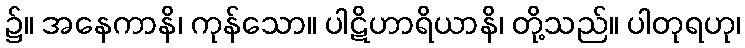
၌။ အနေကာနိ၊ ကုန်သော။ ပါဋိဟာရိယာနိ၊ တို့သည်။ ပါတုရဟု၊